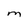
Character: M